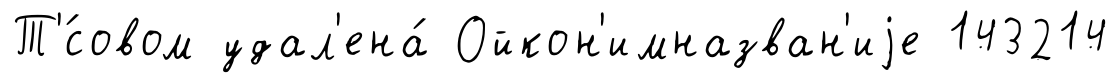
Т'́совом удал'ена́ Ойкон'имназван'иjе 143214